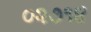
૦૨૭૧૪